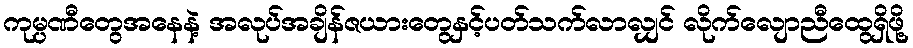
ကုမ္ပဏီတွေအနေနဲ့ အလုပ်အချိန်ဇယားတွေနှင့်ပတ်သက်လာလျှင် လိုက်လျောညီထွေရှိဖို့